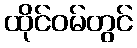
ထိုင်ဝမ်တွင်